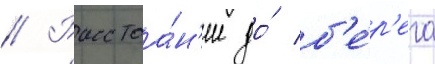
// Расстоа́н'ие до́ б'е́р'ега